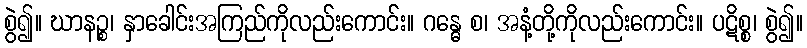
စွဲ၍။ ဃာနဉ္စ၊ နှာခေါင်းအကြည်ကိုလည်းကောင်း။ ဂန္ဓေ စ၊ အနံ့တို့ကိုလည်းကောင်း။ ပဋိစ္စ၊ စွဲ၍။